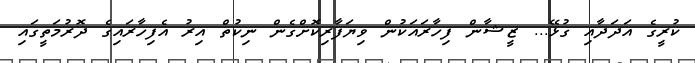
ކުރީގެ އަދަދާއި ގުޅޭ... ޒީޝާން ފިހާރައަކުން ވިޔަފާރިކޮށްގެން ނިކުތް އިރު އެފިހާރައިގެ ދޮރުމަތީގައި